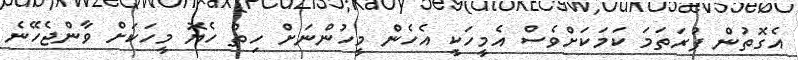
އެގޮތުން ފުރަތަމަ ކަމަކަށްވެސް އެމީހަކީ އެހެން މީހުންނަށް ހިތް ހެޔޮ މީހަކަށް ވާންޖެހޭނެ